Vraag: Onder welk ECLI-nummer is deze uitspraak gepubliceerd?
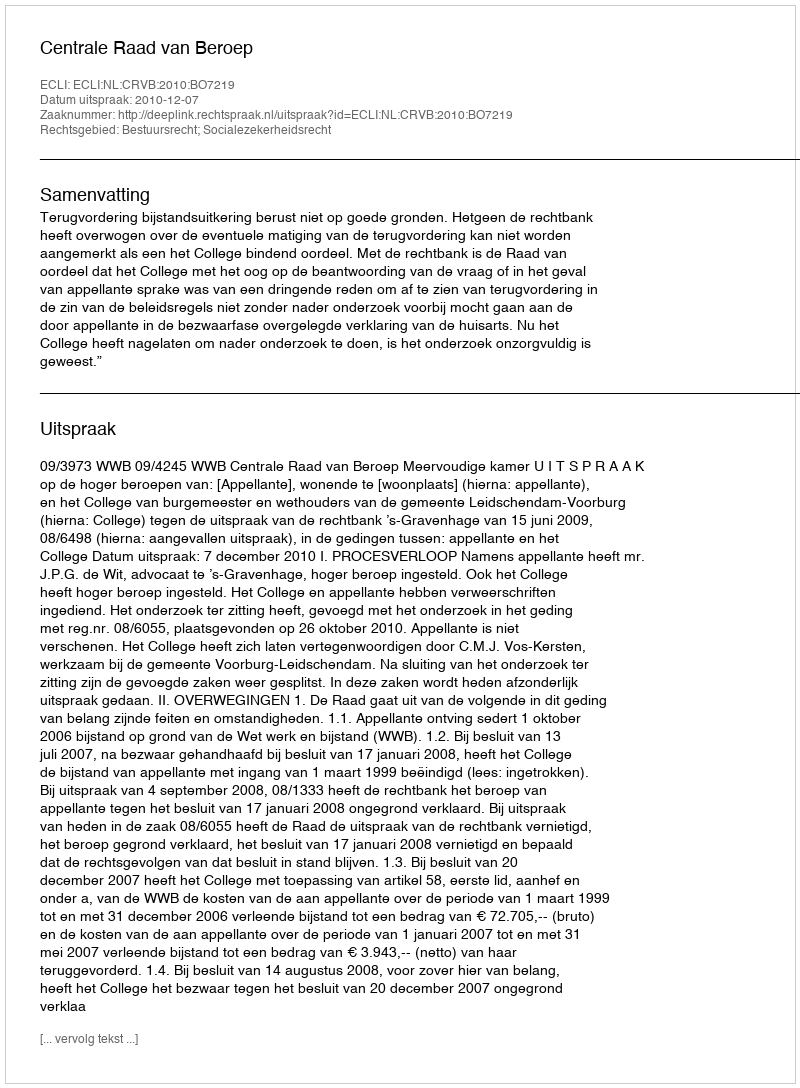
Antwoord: ECLI:NL:CRVB:2010:BO7219